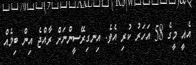
އެއީ މީގެ 58 އަހަރު ކުރި އެވެ. އިނގިރޭސީންނަށް ރާއްޖެ އިން ބިމެއް